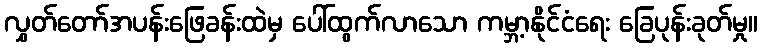
လွှတ်တော်အပန်းဖြေခန်းထဲမှ ပေါ်ထွက်လာသော ကမ္ဘာ့နိုင်ငံရေး ခြေပုန်းခုတ်မှု။